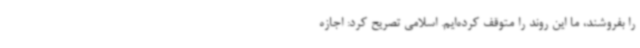
را بفروشند، ما این روند را متوقف کرده‌ایم. اسلامی تصریح کرد: اجازه